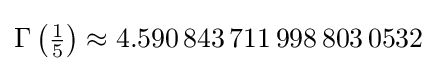
\Gamma \left({\tfrac {1}{5}}\right)\approx 4.590\,843\,711\,998\,803\,0532